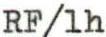
RF/lh